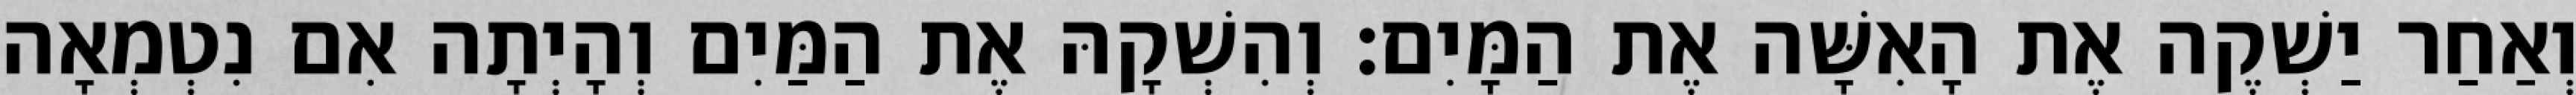
וְאַחַר יַשְׁקֶה אֶת הָאִשָּׁה אֶת הַמָּיִם׃ וְהִשְׁקָהּ אֶת הַמַּיִם וְהָיְתָה אִם נִטְמְאָה